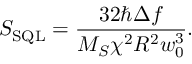
S _ { \mathrm { S Q L } } = \frac { 3 2 \hbar \Delta f } { M _ { S } \chi ^ { 2 } R ^ { 2 } w _ { 0 } ^ { 3 } } .